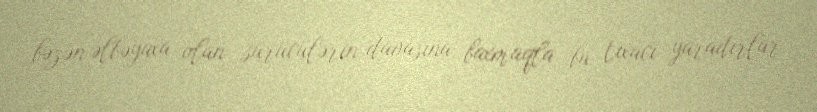
bəzən əlbəyaxa olan sürücülərin davasına baxmaqla bu tıxacı yaradırlar.